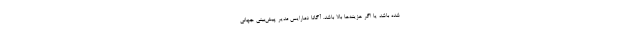
شده باشد یا اگر هزینه‌ها بالا باشد. آگاتا دمارایس مدیر پیش‌بینی جهانی